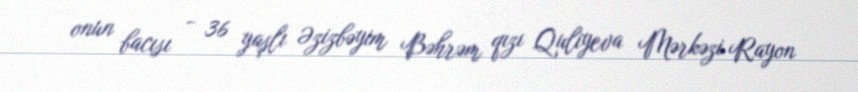
onun bacısı - 36 yaşlı Əzizbəyim Bəhrəm qızı Quliyeva Mərkəzi Rayon